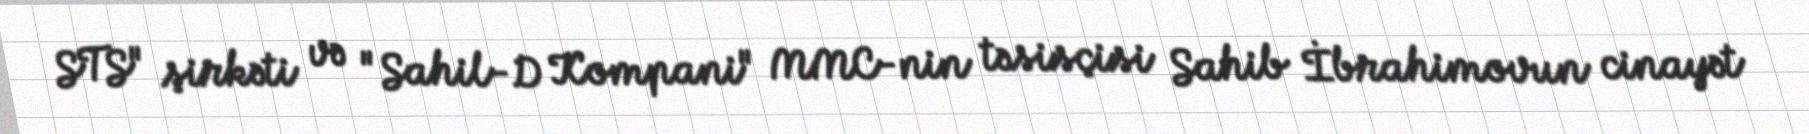
STS" şirkəti və "Sahil-D Kompani" MMC-nin təsisçisi Sahib İbrahimovun cinayət